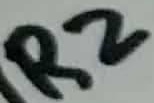
Text: R2